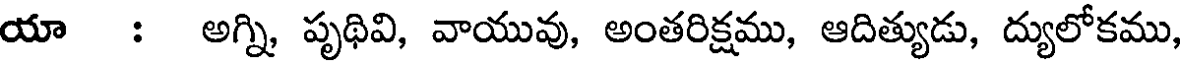
యా : అగ్ని, పృథివి, వాయువు, అంతరిక్షము, ఆదిత్యుడు, ద్యులోకము,